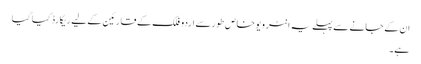
ان کے جانے سے پہلے یہ انٹر ویو خاص طور سے اردو فلک کے قارئین کے لیے ریکارڈ کیا گیا
ہے۔